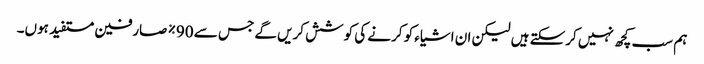
ہم سب کچھ نہیں کرسکتے ہیں لیکن ان اشیاء کو کرنے کی کوشش کریں گے جس سے 90٪ صارفین مستفید ہوں۔